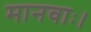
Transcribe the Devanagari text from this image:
मानवाः।